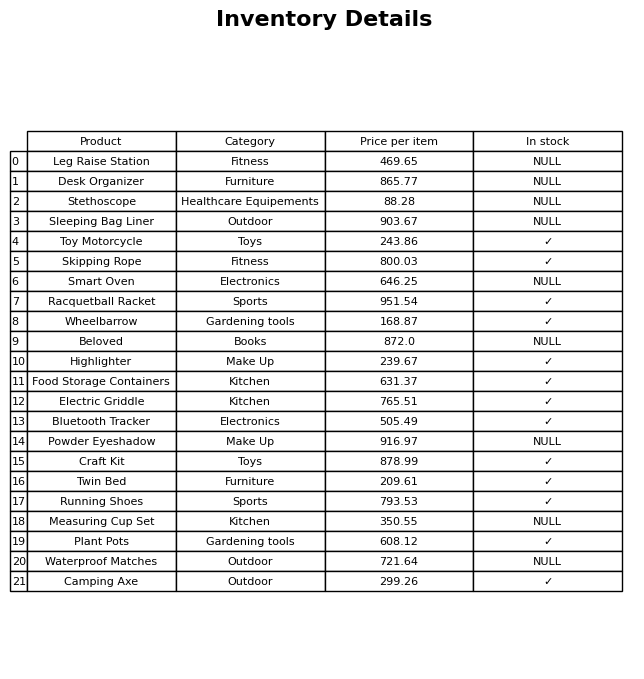
question: What is the price for Stethoscope?
answer: The price of Stethoscope is 88.28.